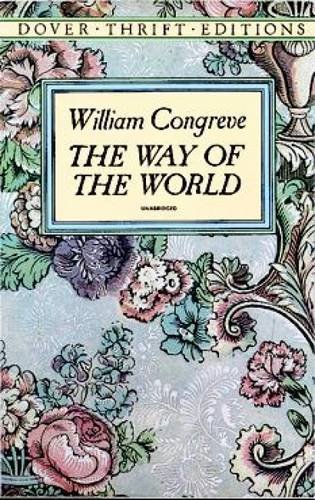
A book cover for The Way of the World (Dover Thrift Editions); William Congreve; Literature & Fiction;